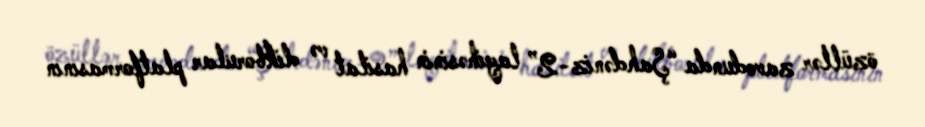
özüllər zavodunda “Şahdəniz-2” layihəsinin hasilat və dikborular platformasının